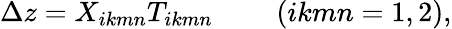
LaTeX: \Delta z=X_{ikmn}T_{ikmn}~~~~~~~~~(ikmn=1,2),